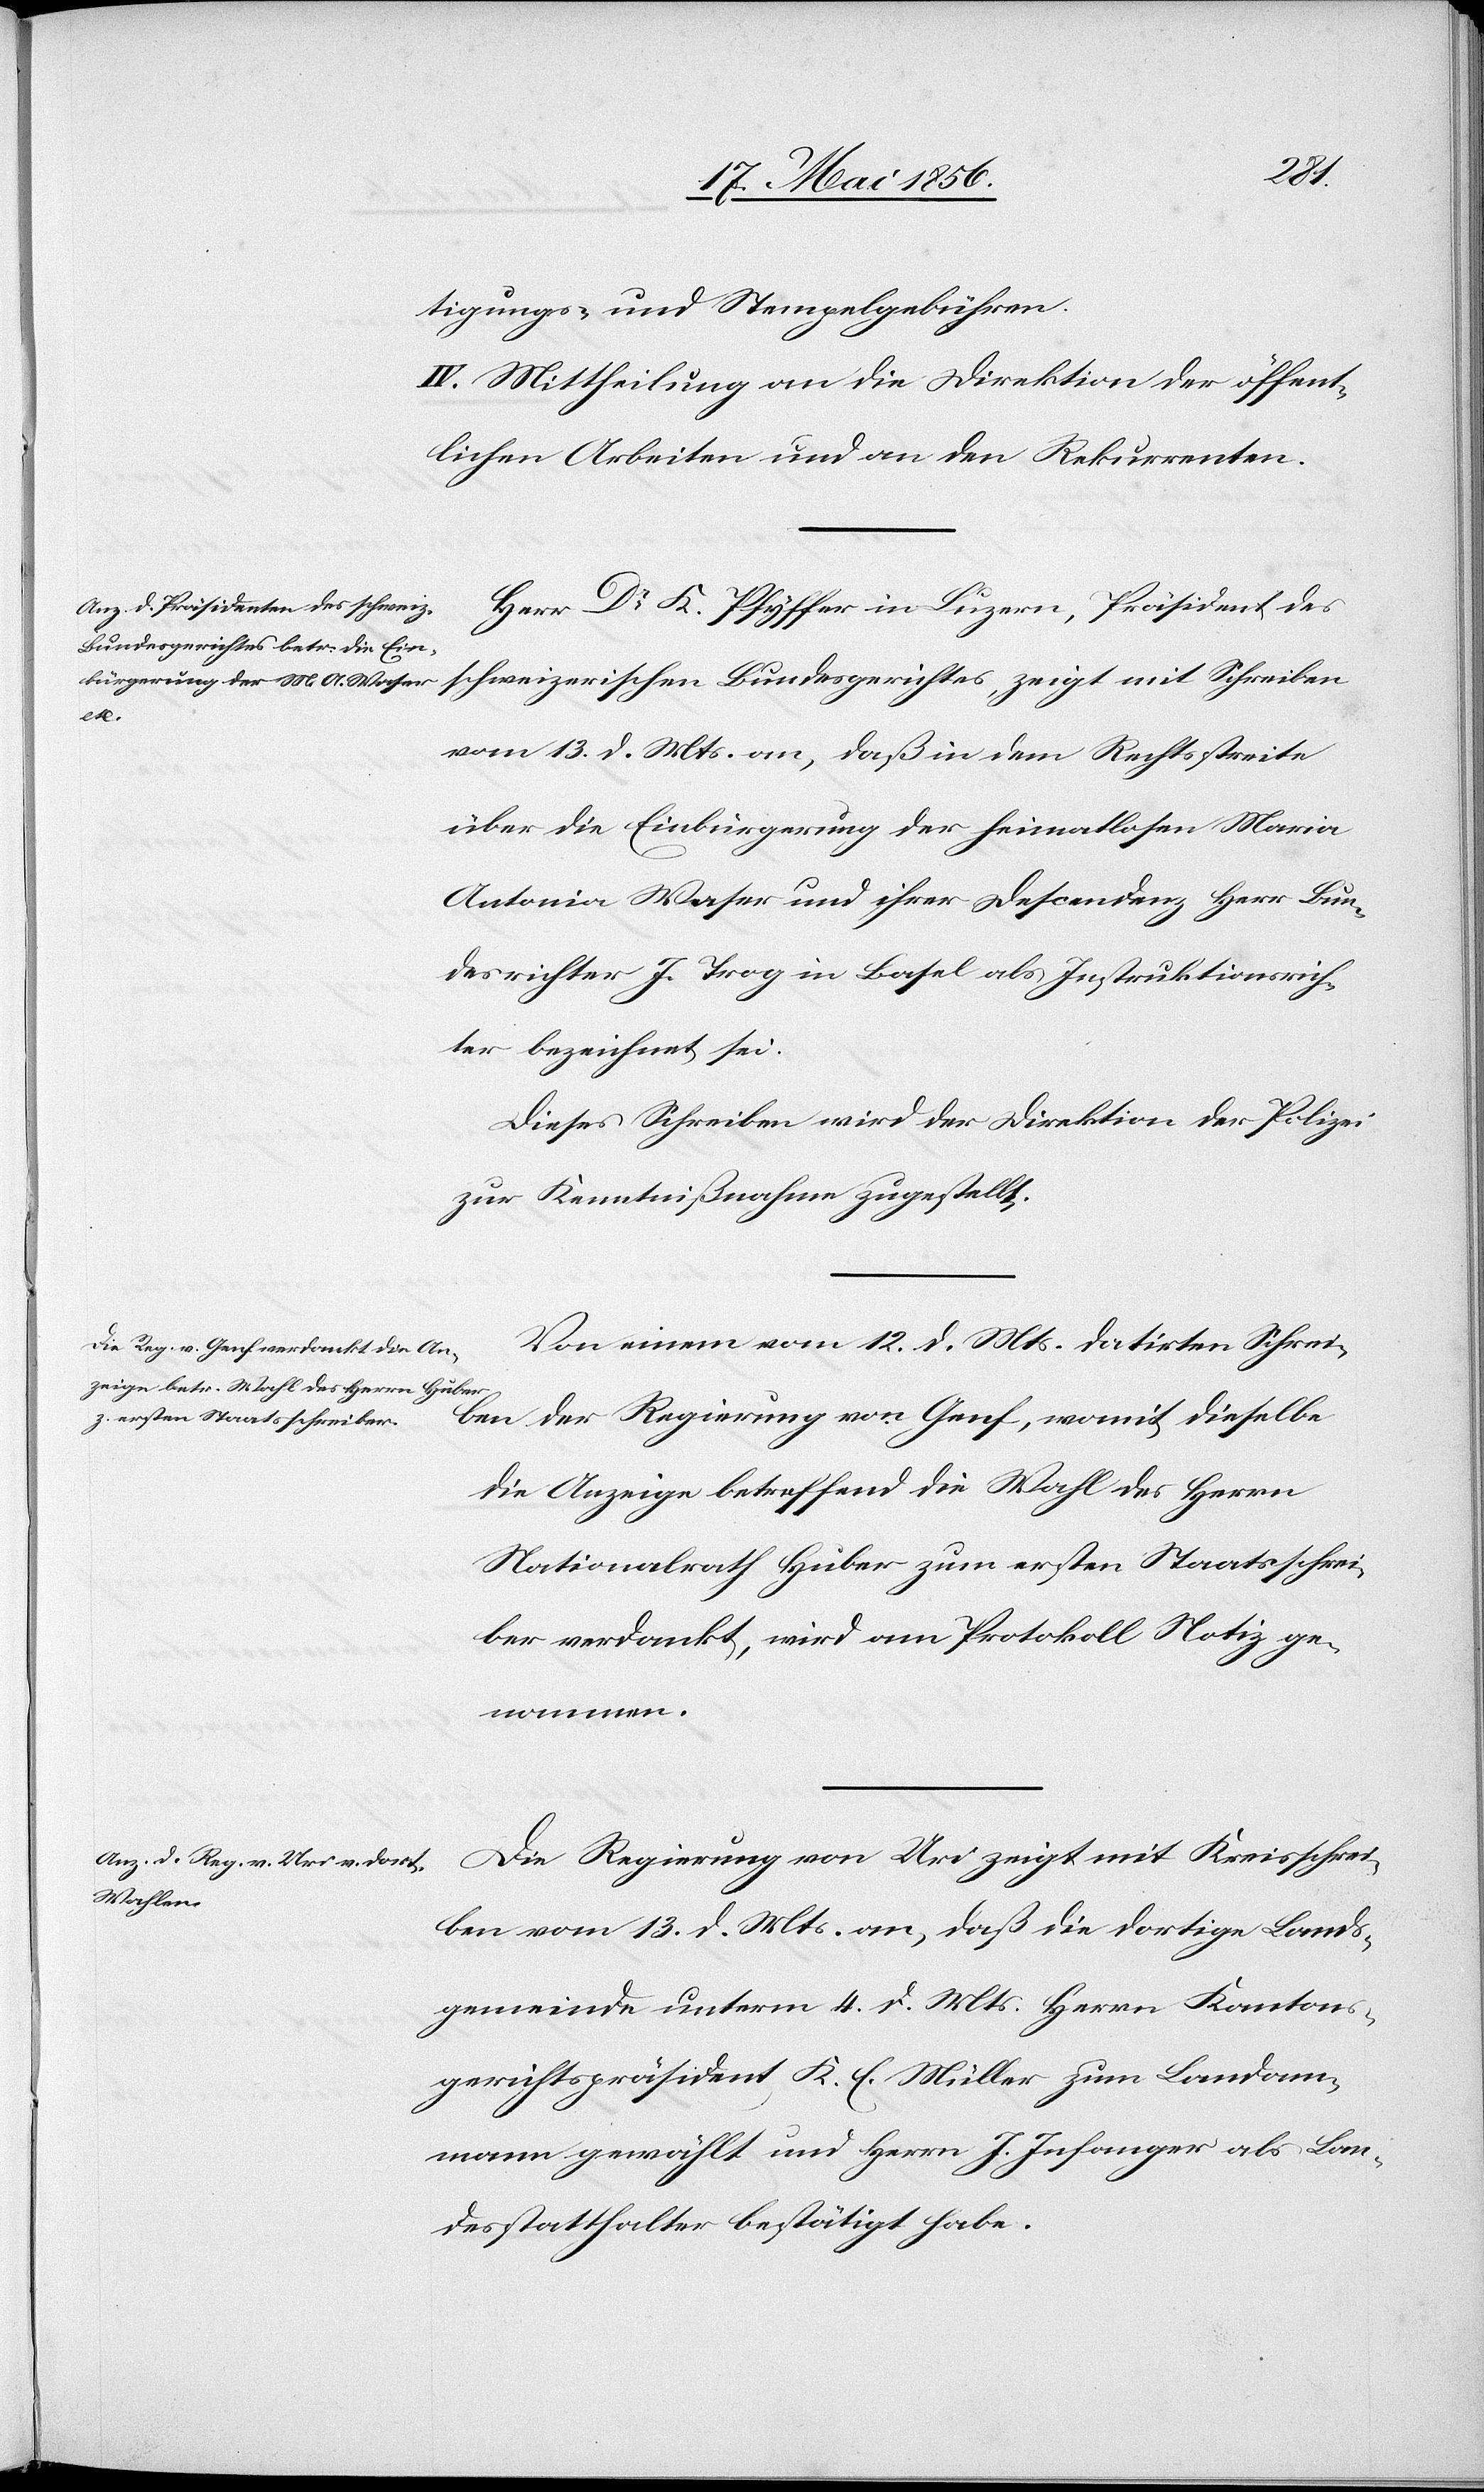
tigungs- und Stempelgebühren.
IV. Mittheilung an die Direktion der öffent¬
lichen Arbeiten und an den Rekurrenten.
Herr Dr K. Pfyffer in Luzern, Präsident des
schweizerischen Bundesgerichtes, zeigt mit Schreiben
vom 13. d. Mts. an, daß in dem Rechtsstreite
über die Einbürgerung der heimatlosen Maria
Antonia Waser und ihrer Descendenz Herr Bun¬
desrichter J. Trog in Basel als Instruktionsrich¬
ter bezeichnet sei.
Dieses Schreiben wird der Direktion der Polizei
zur Kenntnißnahme zugestellt.
Von einem vom 12. d. Mts. datirten Schrei¬
ben der Regierung von Genf, womit dieselbe
die Anzeige betreffend die Wahl des Herrn
Nationalrath Huber zum ersten Staatsschrei¬
ber verdankt, wird am Protokoll Notiz ge¬
nommen.
Die Regierung von Uri zeigt mit Kreisschrei¬
ben vom 13. d. Mts. an, daß die dortige Lands¬
gemeinde unterm 4. d. Mts. Herrn Kantons¬
gerichtspräsident K. E. Müller zum Landam¬
mann gewählt und Herrn J. Infanger als Lan¬
desstatthalter bestätigt habe.